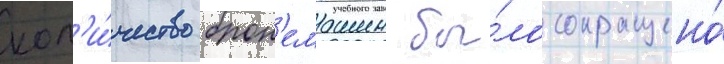
кол'и́чество брон'емашин бы́ло сокращено́